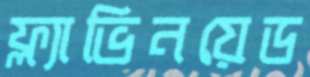
ফ্ল্যাভিনয়েড